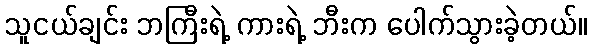
သူငယ်ချင်း ဘကြီးရဲ့ ကားရဲ့ ဘီးက ပေါက်သွားခဲ့တယ်။